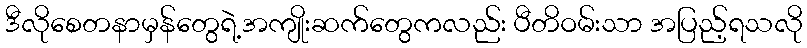
ဒီလိုစေတနာမှန်တွေရဲ့အကျိုးဆက်တွေကလည်း ပီတိဝမ်းသာ အပြည့်ရသလို